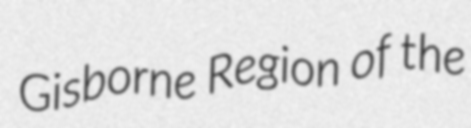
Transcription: Gisborne Region of the